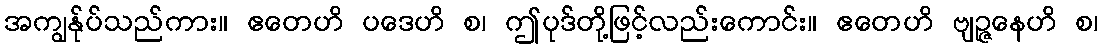
အကျွန်ုပ်သည်ကား။ ဧတေဟိ ပဒေဟိ စ၊ ဤပုဒ်တို့ဖြင့်လည်းကောင်း။ ဧတေဟိ ဗျဉ္ဇနေဟိ စ၊